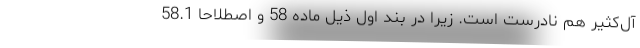
آل‌کثیر هم نادرست است. زیرا در بند اول ذیل ماده 58 و اصطلاحا 58.1